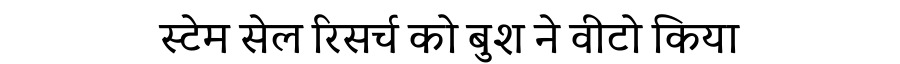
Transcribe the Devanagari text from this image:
स्टेम सेल रिसर्च को बुश ने वीटो किया